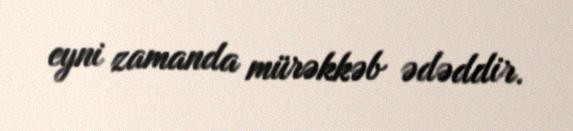
eyni zamanda mürəkkəb ədəddir.